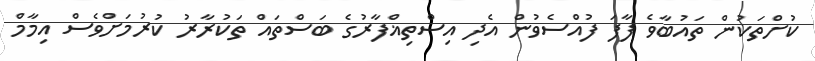
ކުށްތަކުން ތައުބާވެ ފާފަ ފުއްސެވުން އެދި އިސްތިޣްފާރުގެ ބަސްތައް ތަކުރާރު ކުރުމަށްވެސް އިމާމް